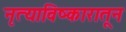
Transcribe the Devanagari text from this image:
नृत्याविष्कारातून